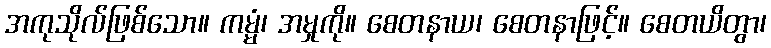
အကုသိုလ်ဖြစ်သော။ ကမ္မံ၊ အမှုကို။ စေတနာယ၊ စေတနာဖြင့်။ စေတယိတွာ၊